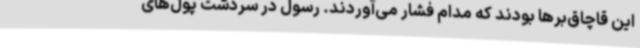
این قاچاق‌برها بودند که مدام فشار می‌آوردند. رسول در سردشت پول‌های